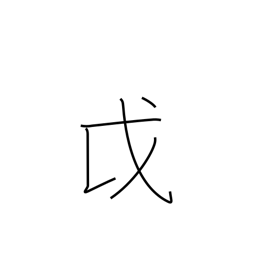
Meaning: Ainu